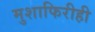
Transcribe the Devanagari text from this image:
मुशाफिरीही